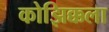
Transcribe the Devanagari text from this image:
कोझिक्कला